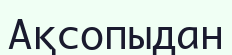
Ақсопыдан